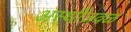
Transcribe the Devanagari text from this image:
अस्थींजवळ